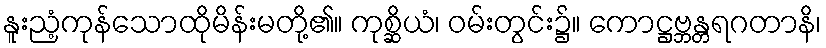
နူးညံ့ကုန်သောထိုမိန်းမတို့၏။ ကုစ္ဆိယံ၊ ဝမ်းတွင်း၌။ ကောဋ္ဌဗ္ဘန္တရဂတာနိ၊